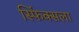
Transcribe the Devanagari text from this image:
स्फिंक्सला